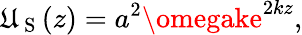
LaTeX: \mathfrak{U}_{\mathrm{{~S~}}}(z)=a^{2}\omegake^{2kz},